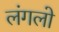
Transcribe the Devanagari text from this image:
लंगलो